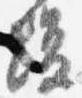
場